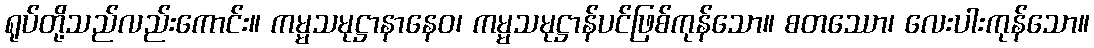
ရုပ်တို့သည်လည်းကောင်း။ ကမ္မသမုဋ္ဌာနာနေဝ၊ ကမ္မသမုဋ္ဌာန်ပင်ဖြစ်ကုန်သော။ စတဿော၊ လေးပါးကုန်သော။